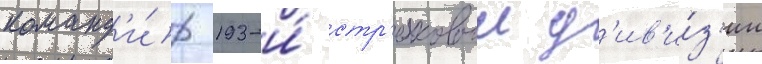
команд'и́р 193-и́ стр'елковои д'ив'и́з'ии